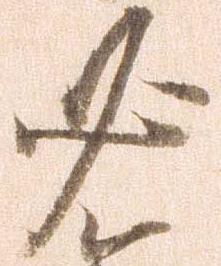
必